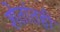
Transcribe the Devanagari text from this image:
शेतांतही